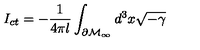
I _ { c t } = - \frac 1 { 4 \pi l } \int _ { \partial \mathcal { M } _ { \infty } } d ^ { 3 } x \sqrt { - \gamma }